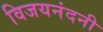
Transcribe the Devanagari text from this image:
विजयनंदनी